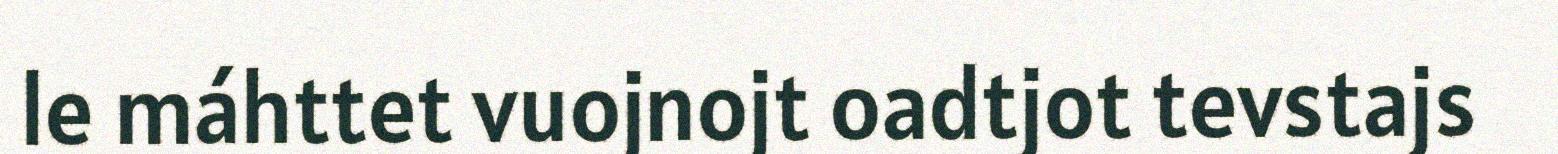
le máhttet vuojnojt oadtjot tevstajs